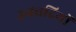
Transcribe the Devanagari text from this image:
उग्रवदियों